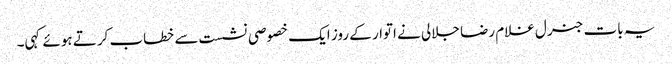
یہ بات جنرل غلام رضا جلالی نے اتوار کے روز ایک خصوصی نشست سے خطاب کرتے ہوئے کہی۔